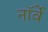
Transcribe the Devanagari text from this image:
नाॅर्वे